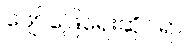
ဖျော်ဖြေရေးဆိုင်ရာ